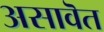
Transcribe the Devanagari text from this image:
असावॆत